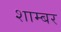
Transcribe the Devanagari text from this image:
शाम्बर